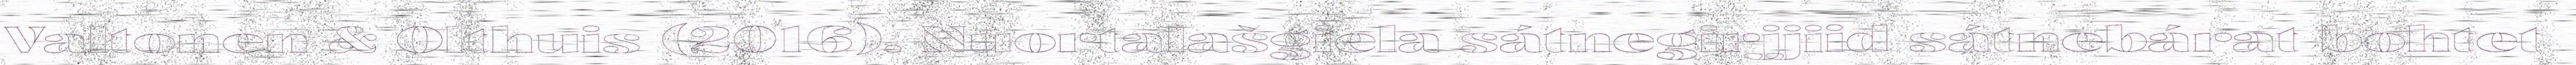
Valtonen & Olthuis (2016). Nuortalašgiela sátnegirjjiid sátnebárat bohtet